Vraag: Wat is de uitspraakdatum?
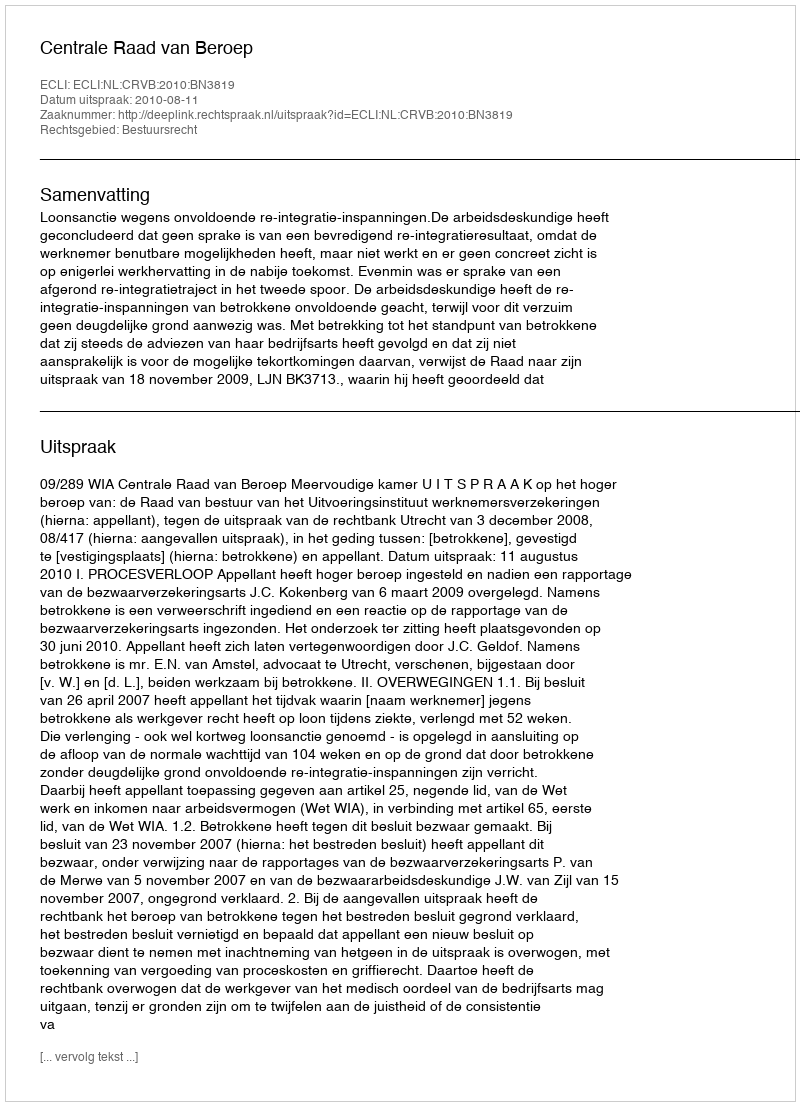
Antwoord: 2010-08-11